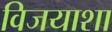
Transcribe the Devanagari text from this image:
विजयाशा